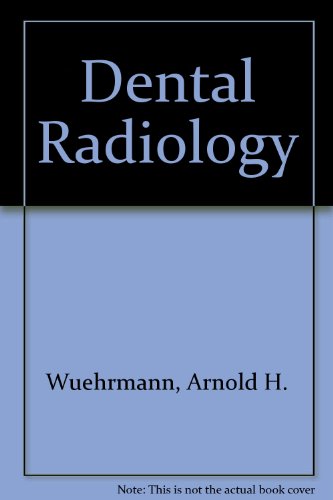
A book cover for Dental Radiology, 1981; Arthur H. Wuehrmann; Medical Books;